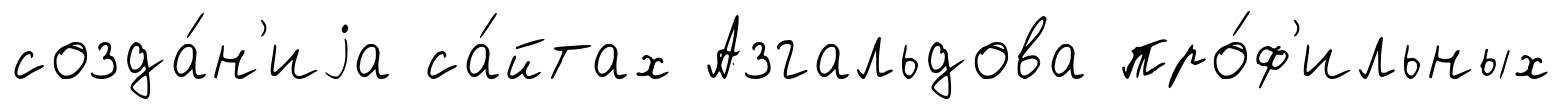
созда́н'иjа са́йтах Азгальдова про́ф'ильных